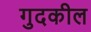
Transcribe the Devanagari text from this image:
गुदकील